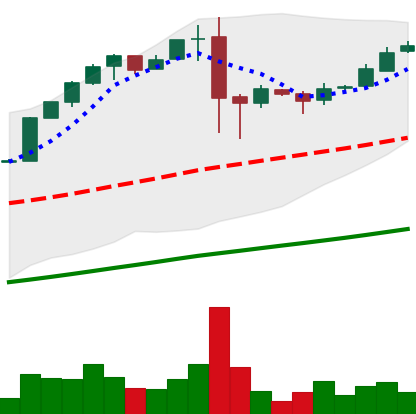
Ticker: BTC-USD
Chart end date: 2017-02-18
Forward return: 10.65%
Label: up_7plus